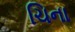
ચિના